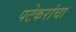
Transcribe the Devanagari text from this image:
पटेकरांचा